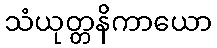
သံယုတ္တနိကာယော